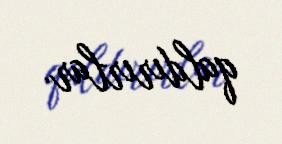
qaldırırlar.